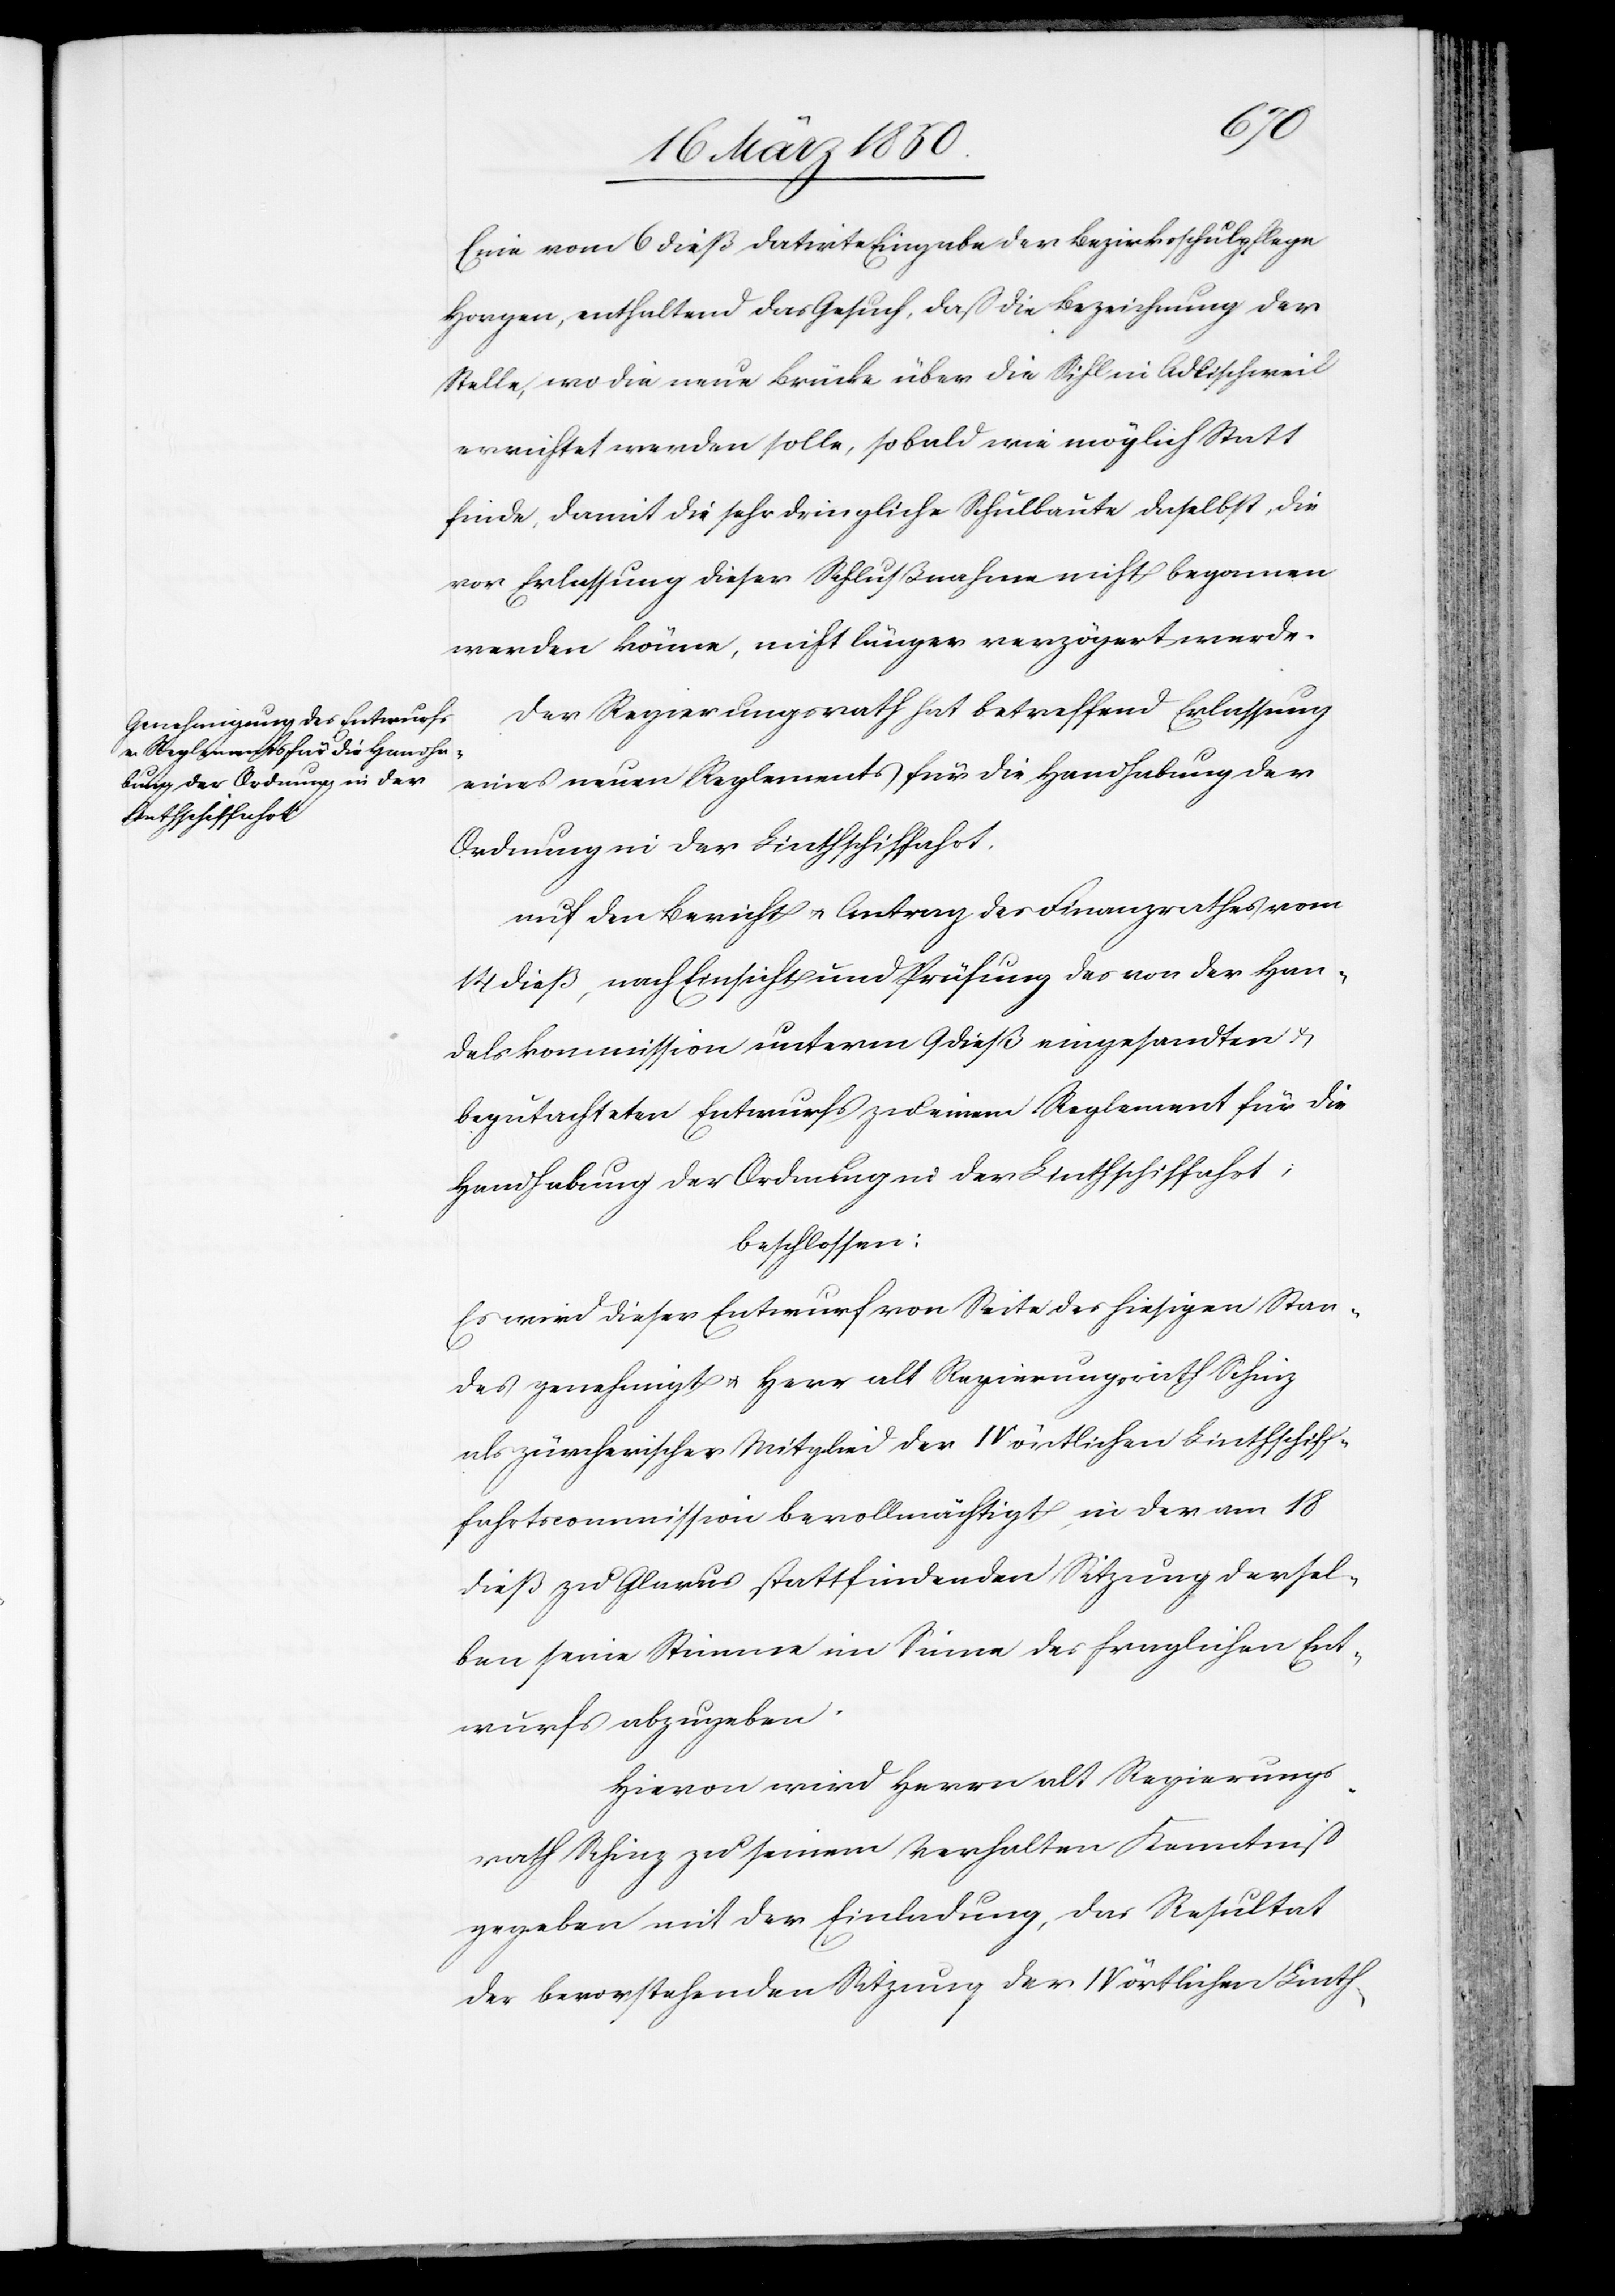
Eine vom 6 dieß datirte Eingabe der Bezirksschulpflege
Horgen, enthaltend das Gesuch, daß die Bezeichnung der
Stelle, wo die neue Brücke über die Sihl in Adlischweil
errichtet werden solle, sobald wie möglich Statt
finde, damit die sehr dringliche Schulbaute daselbst, die
vor Erlassung dieser Schlußnahme nicht begonnen
werden könne, nicht länger verzögert werde.
Der Regierungsrath hat betreffend Erlassung
eines neuen Reglements für die Handhabung der
Ordnung in der Linthschiffahrt.
auf den Bericht u. Antrag des Finanzrathes vom
14 dieß, nach Einsicht und Prüfung des von der Han¬
delskommission unterm 9 dieß eingesandten u.
begutachteten Entwurfs zu einem Reglement für die
Handhabung der Ordnung in der Linthschiffahrt,
beschlossen:
Es wird dieser Entwurf von Seite des hiesigen Stan¬
des genehmigt u. Herr alt Regierungsrath Schinz
als zürcherisches Mitglied der IV örtlichen Linthschiff¬
fahrtscommission bevollmächtigt, in der am 18
dieß zu Glarus stattfindenden Sitzung dersel¬
ben seine Stimme im Sinne des fraglichen Ent¬
wurfs abzugeben.
Hievon wird Herrn alt Regierungs¬
rath Schinz zu seinem Verhalten Kenntniß
gegeben mit der Einladung, das Resultat
der bevorstehenden Sitzung der IV örtlichen Linth-